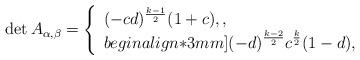
LaTeX: \begin{align*} \det A_{\alpha,\beta}=\left\{\begin{array}{l}\displaystyle (-cd)^{\frac{k-1}{2}}(1+c), , \\begin{align*}3mm]\displaystyle (-d)^{\frac{k-2}{2}}c^{\frac{k}{2}}(1-d), \end{array}\right.\end{align*}